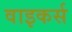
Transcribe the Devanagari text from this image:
वाइकर्स